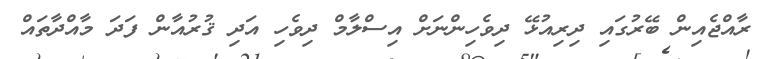
ރާއްޖެއިން ބޭރުގައި ދިރިއުޅޭ ދިވެހިންނަށް އިސްލާމް ދިވެހި އަދި ޤުރުއާން ފަދަ މާއްދާތައް